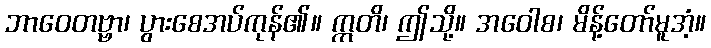
ဘာဝေတဗ္ဗာ၊ ပွားစေအပ်ကုန်၏။ ဣတိ၊ ဤသို့။ အဝေါစ၊ မိန့်တော်မူအံ့။